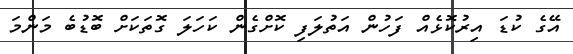
އޭގެ ކުޑަ އިރުކޮޅެއް ފަހުން އަތުލަފި ކޮށްގެން ކަހަލަ ގޮތަކަށް ބޮޑުބެ މަންމަ